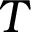
T